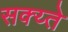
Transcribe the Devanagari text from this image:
सक्य्ते